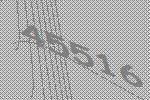
45516